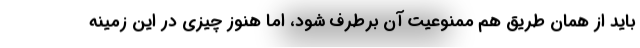
باید از همان طریق هم ممنوعیت آن برطرف شود، اما هنوز چیزی در این زمینه